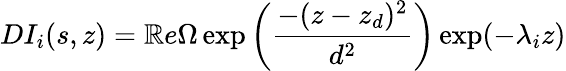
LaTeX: DI_{i}(s,z)=\mathbb{R}e\Omega\exp\bigg(\displaystyle\frac{{-(z-z_{d})^{2}}}{{d^{2}}}\bigg)\exp(-\lambda_{i}z)